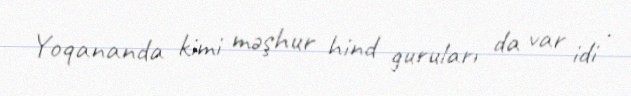
Yoqananda kimi məşhur hind guruları da var idi .